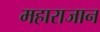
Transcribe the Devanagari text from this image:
महाराजान